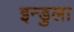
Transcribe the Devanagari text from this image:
इन्डुला